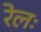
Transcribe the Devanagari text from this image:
रेलः